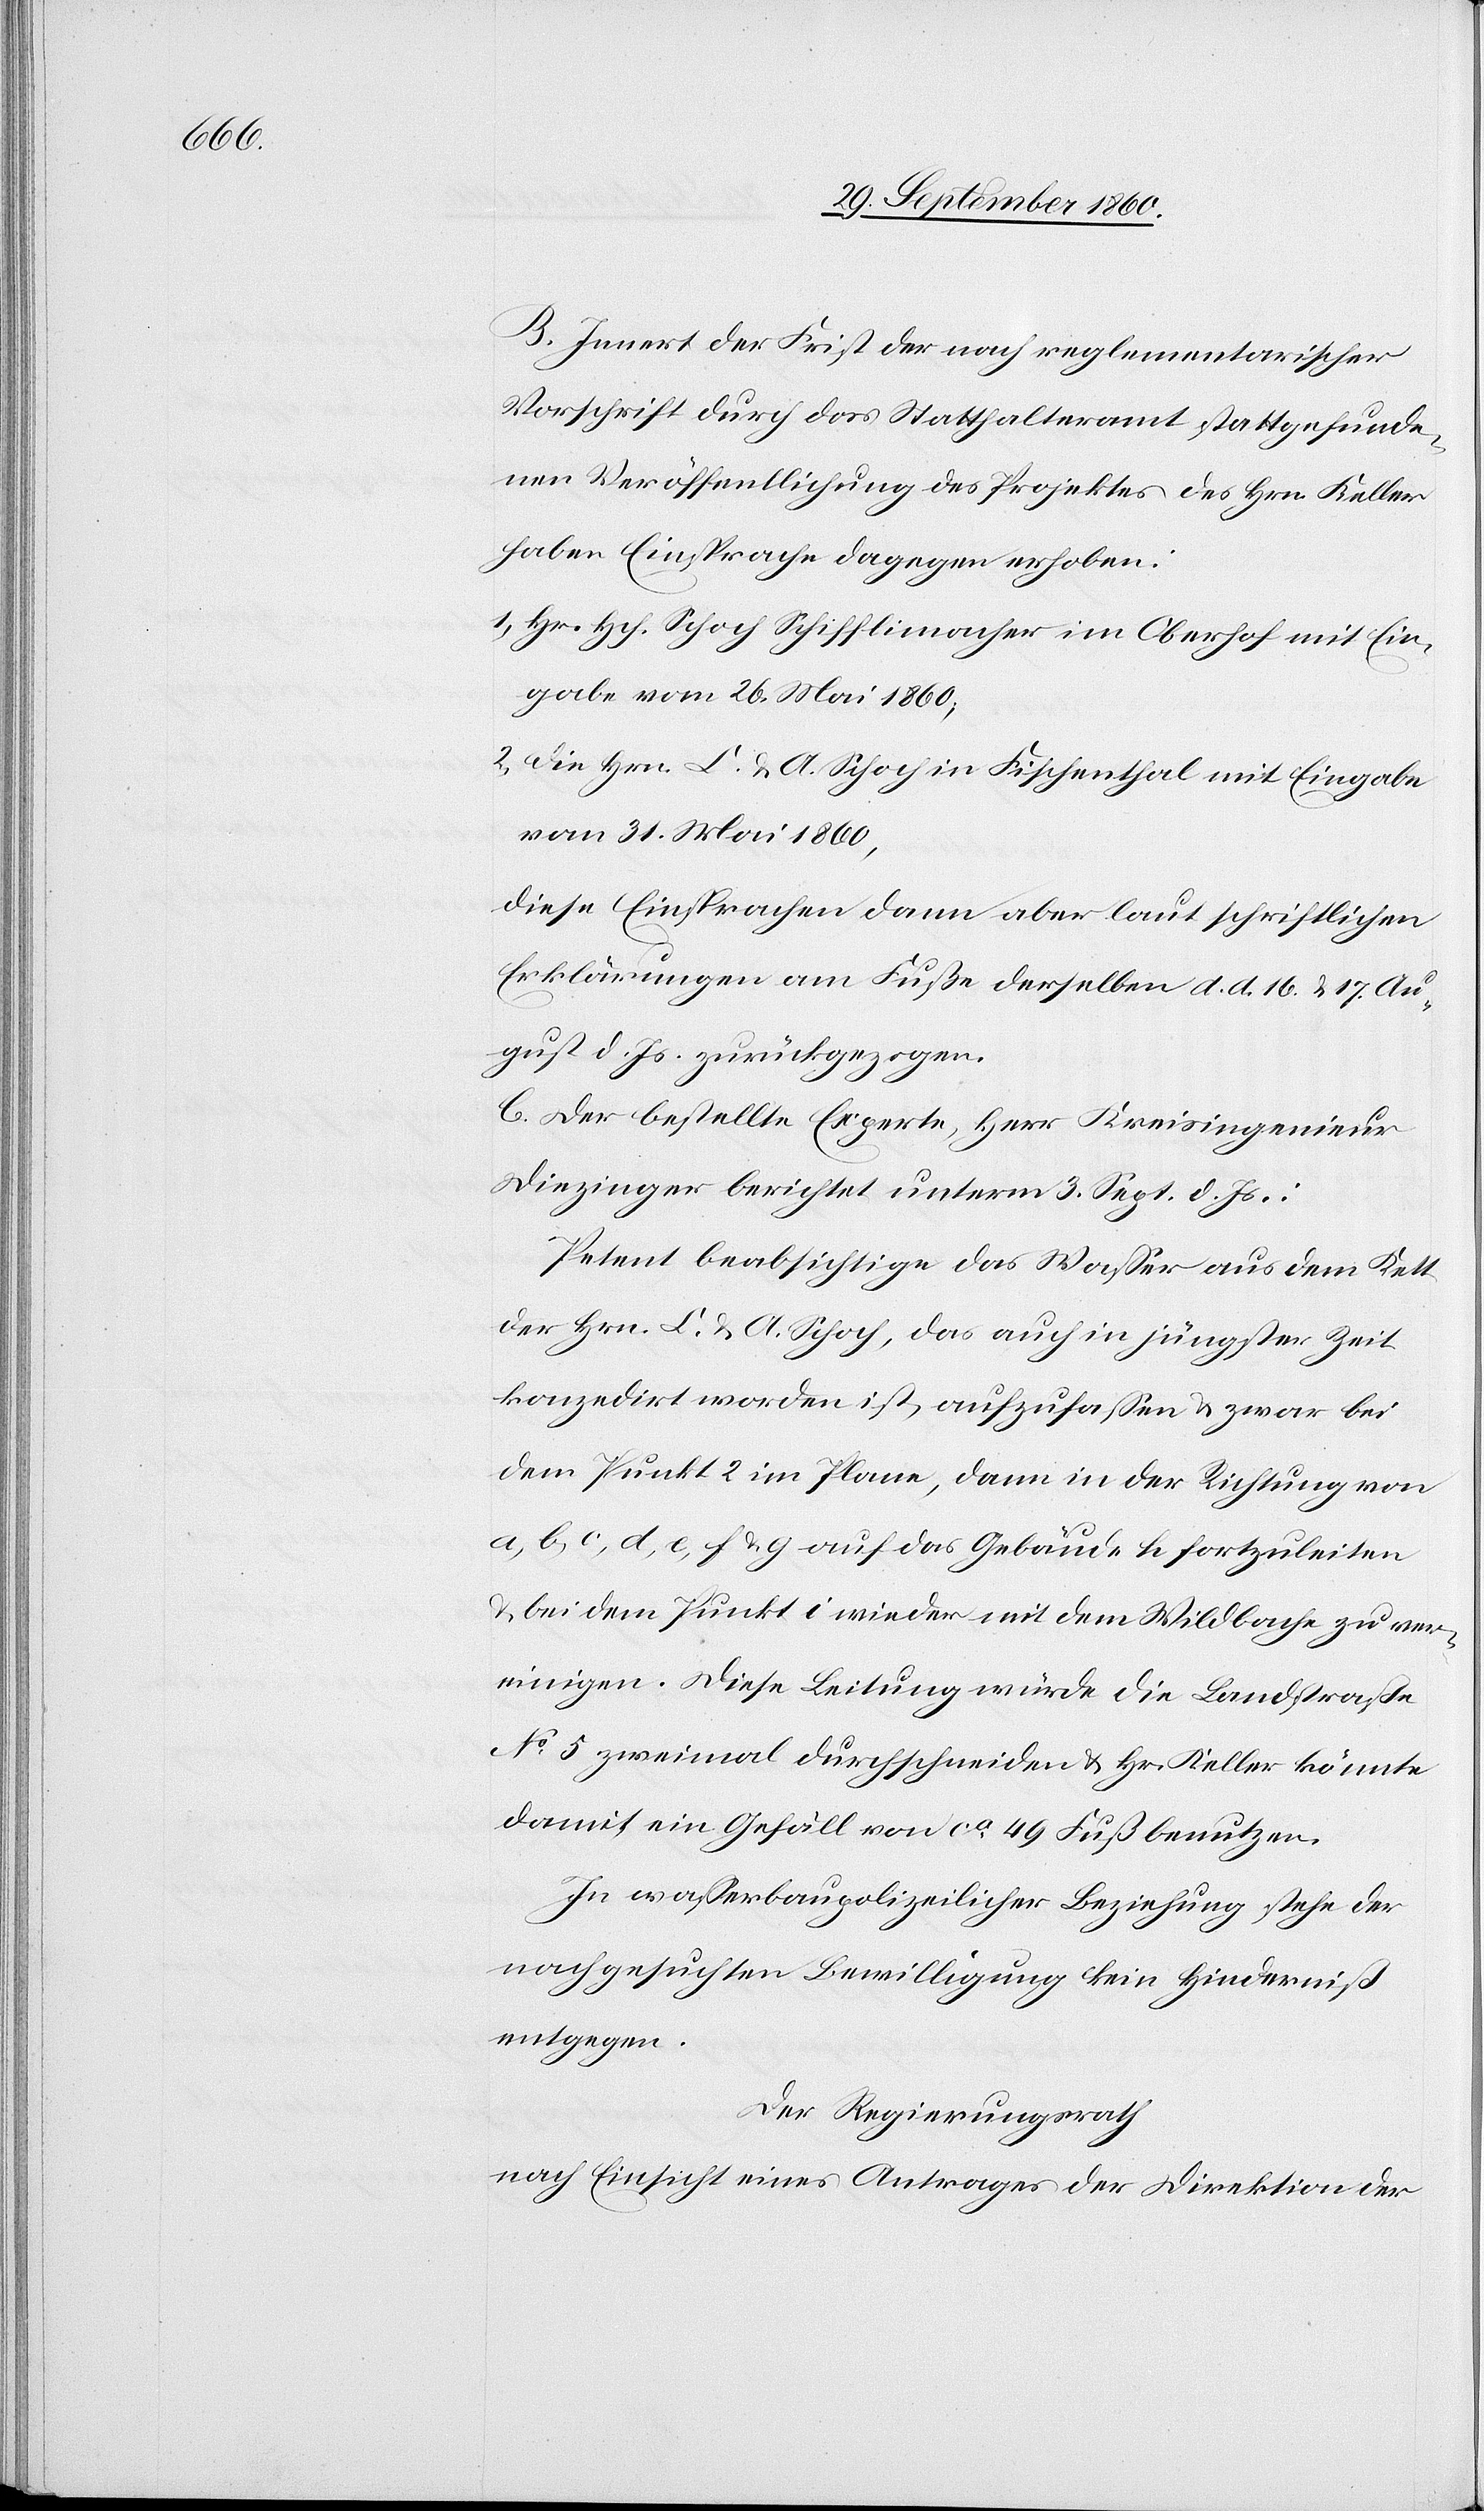
B. Innert der Frist der nach reglementarischer
Vorschrift durch das Statthalteramt stattgefunde¬
nen Veröffentlichung des Projektes des Hrn. Keller
haben Einsprache dagegen erhoben:
1) Herr Hch. Schoch Schifflimacher im Oberhof mit Ein¬
gabe vom 26. Mai 1860;
2) Die Hrn. L. u. A. Schoch in Fischenthal mit Eingabe
vom 31. Mai 1860,
diese Einsprachen dann aber laut schriftlichen
Erklärungen am Fuße derselben d. d. 16. u. 17. Au¬
gust d. Js. zurückgezogen.
C. Der bestellte Experte, Herr Kreisingenieur
Diezinger berichtet unterm 3. Sept. d. Js.:
Petent beabsichtige das Wasser aus dem Kett
der Hrn. L. u. A. Schoch, das auch in jüngster Zeit
konzedirt worden ist, aufzufassen u. zwar bei
dem Punkt 2 im Plane, dann in der Richtung von
a, b, c, d, e, f u. g. auf das Gebäude h fortzuleiten
u. bei dem Punkt i wieder mit dem Wildbache zu ver¬
einigen. Diese Leitung würde die Landstraße
No 5 zweimal durchschneiden u. Hr. Keller könnte
damit ein Gefäll von ca 49 Fuß benutzen.
In Wasserbaupolizeilicher Beziehung stehe der
nachgesuchten Bewilligung kein Hinderniß
entgegen.
Der Regierungsrath
nach Einsicht eines Antrages der Direktion der